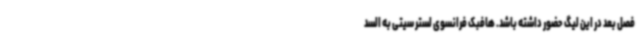
فصل بعد در این لیگ حضور داشته باشد. هافبک فرانسوی لستر سیتی به السد